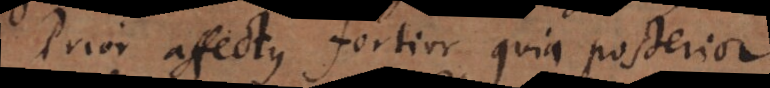
Prior affectus fortior, quia posterior